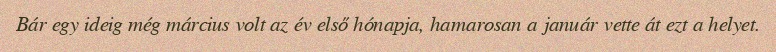
Bár egy ideig még március volt az év első hónapja, hamarosan a január vette át ezt a helyet.